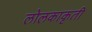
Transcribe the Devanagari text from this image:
लोलकाकृती